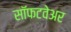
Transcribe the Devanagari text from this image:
सॉफटवेअर